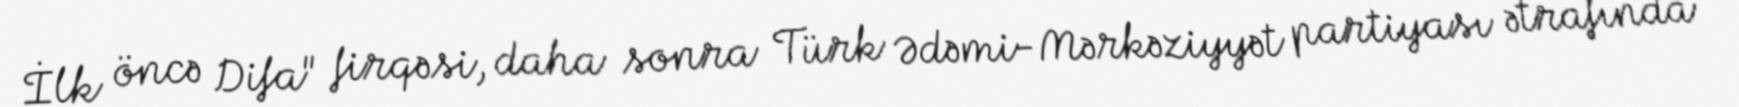
İlk öncə Difa" firqəsi, daha sonra Türk Ədəmi-Mərkəziyyət partiyası ətrafında